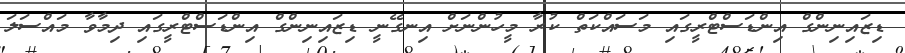
ޑިޒައިނިންގް އިންޑަސްޓްރީގައި މަސައްކަތް ކުރާ މީހުންނަށް އިނގޭނީ ޑިޒައިނިންގް އިންޑަސްޓްރީގައި ދިމާވާ މައްސަލަ